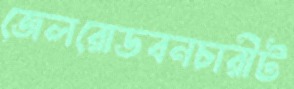
জেলরোডবনচারীট